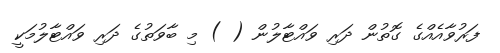
ފަރުވާއެއްގެ ގޮތުން ދަރި ވައްޓާލުން ( ) މި ބާވަތުގެ ދަރި ވައްޓާލުމަކީ